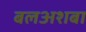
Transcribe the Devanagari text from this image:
बलअशबा